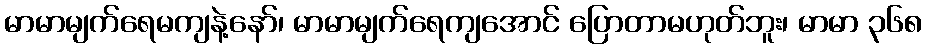
မာမာမျက်ရေမကျနဲ့နော်၊ မာမာမျက်ရေကျအောင် ပြောတာမဟုတ်ဘူး၊ မာမာ ၃၆၈